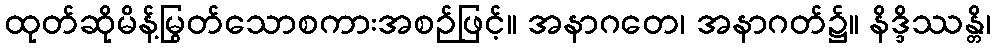
ထုတ်ဆိုမိန့်မြွတ်သောစကားအစဉ်ဖြင့်။ အနာဂတေ၊ အနာဂတ်၌။ နိဒ္ဒိဿန္တိ၊